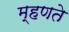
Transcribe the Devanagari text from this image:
म्‍हणते